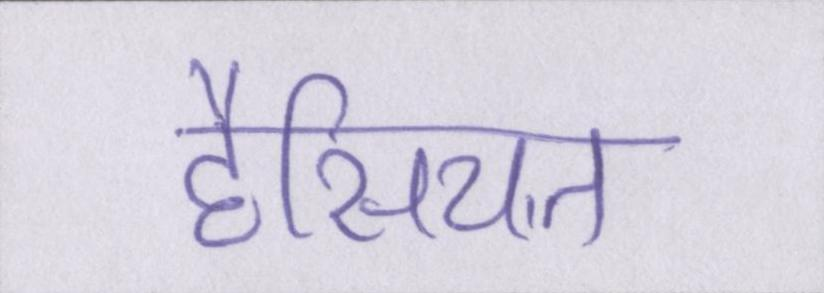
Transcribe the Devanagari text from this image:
हैसियत